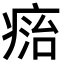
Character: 𤷩